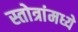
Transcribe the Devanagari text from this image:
स्तोत्रांमध्ये